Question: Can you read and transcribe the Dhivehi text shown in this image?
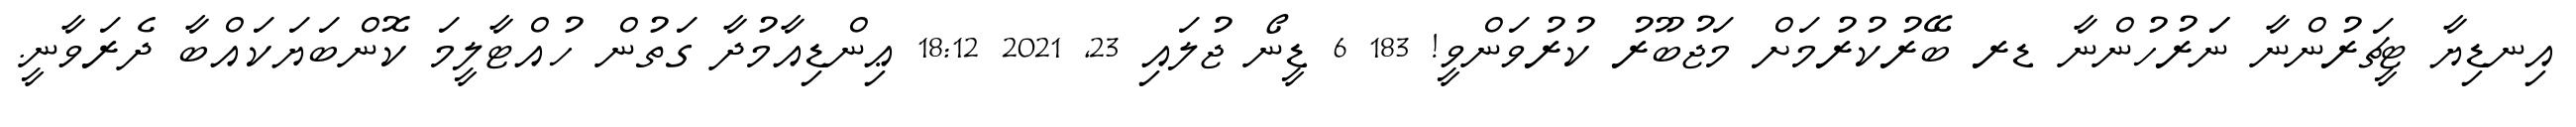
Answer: އިނޑިޔާ ޓީޗަރުންނާ ނަަރުހުންނާ ޑރ ބޭރުކުރުމަށް މަޖުބޫރު ކުރުވަންވީ! 183 6 ޑީނޯ ޖުލައި 23, 2021 18:12 ޢިންޑިއާމުދާ ގަތުން ހުއްޓާލީމަ ކޮންބަޔަކައްބާ ދެރަވާނީ.